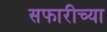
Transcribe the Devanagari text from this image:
सफारीच्या